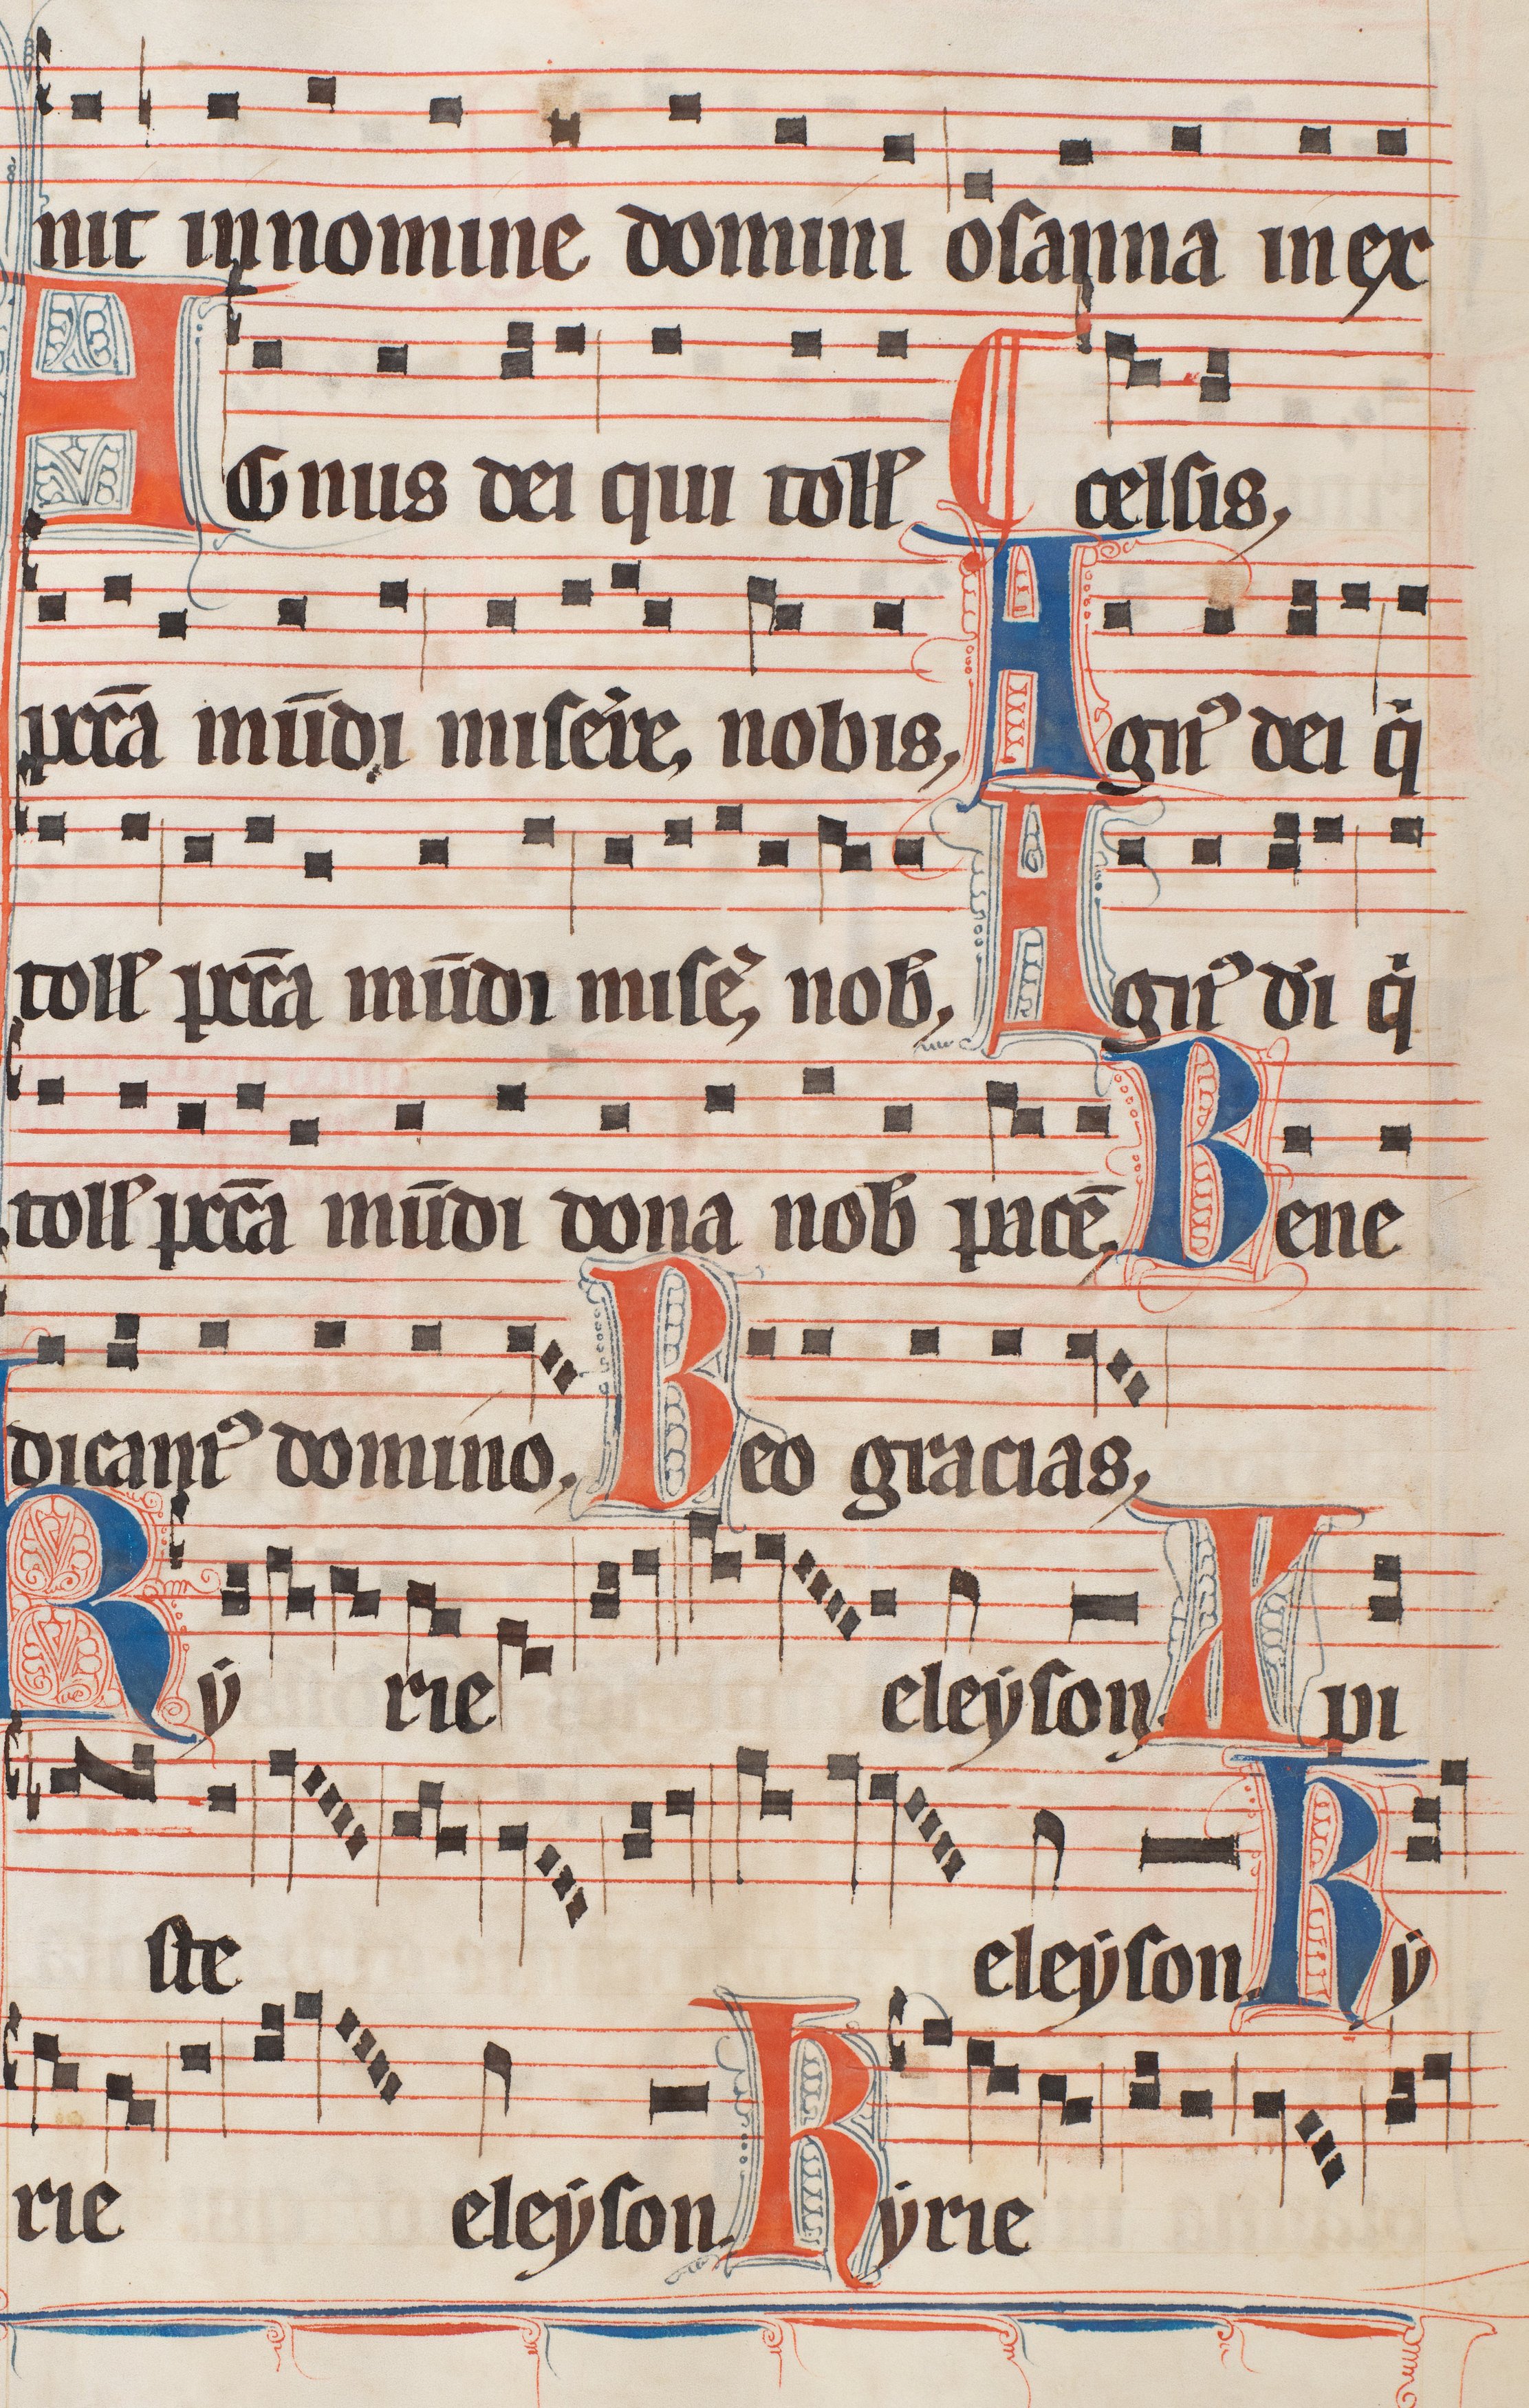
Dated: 1300–1327